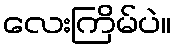
လေးကြိမ်ပဲ။